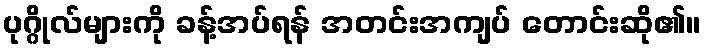
ပုဂ္ဂိုလ်များကို ခန့်အပ်ရန် အတင်းအကျပ် တောင်းဆို၏။